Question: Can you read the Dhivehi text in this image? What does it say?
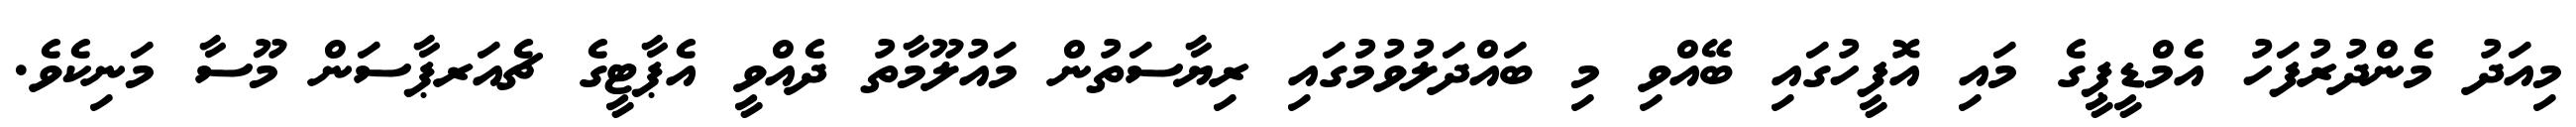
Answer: މިއަދު މެންދުރުފަހު އެމްޑީޕީގެ މައި އޮފީހުގައި ބޭއްވި މި ބައްދަލުވުމުގައި ރިޔާސަތުން މައުލޫމާތު ދެއްވީ އެޕާޓީގެ ޗެއަރޕާސަން މޫސާ މަނިކެވެ.